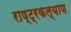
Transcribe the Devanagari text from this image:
राष्ट्रकल्याण